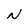
Character: N